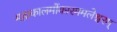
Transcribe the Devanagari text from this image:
महाकालमोंकारममलेश्वरम्